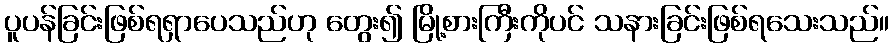
ပူပန်ခြင်းဖြစ်ရရှာပေသည်ဟု တွေး၍ မြို့စားကြီးကိုပင် သနားခြင်းဖြစ်ရသေးသည်။